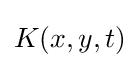
{\textstyle K(x,y,t)}